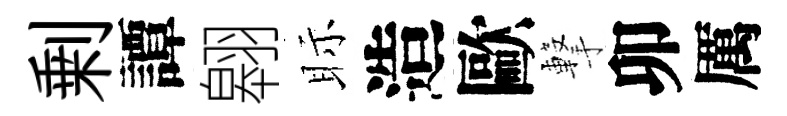
剰譚翱眎造歐撃卯厲